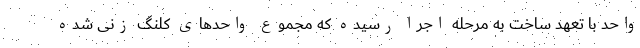
واحد با تعهد ساخت به مرحله اجرا رسیده که مجموع واحدهای کلنگ زنی شده